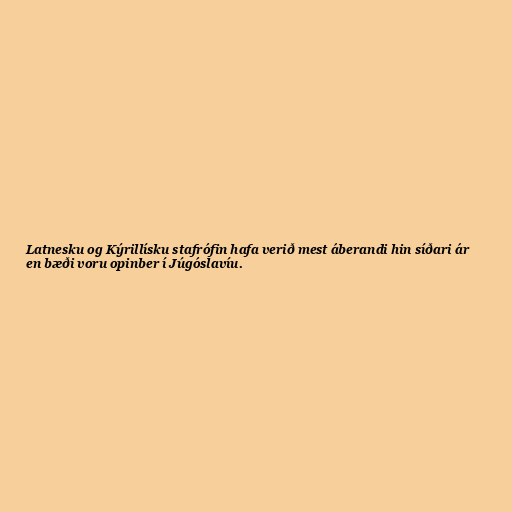
Latnesku og Kýrillísku stafrófin hafa verið mest áberandi hin síðari ár
en bæði voru opinber í Júgóslavíu.